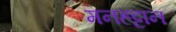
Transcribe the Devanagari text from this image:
मनहट्टान